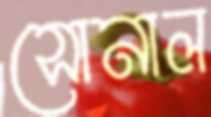
সোনাল